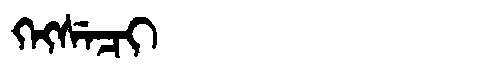
Manchu: ᡴᡝᡴᠰᡝᠴᡳ
Romanization: KEKSECI